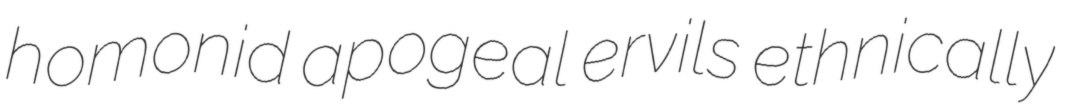
homonid apogeal ervils ethnically